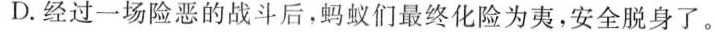
D.经过一场险恶的战斗后，蚂蚁们最终化险为夷，安全脱身了。